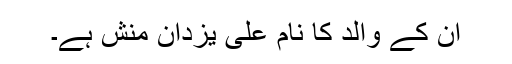
ان کے والد کا نام علی یزدان منش ہے۔